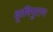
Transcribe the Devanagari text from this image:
कृषिपुराण